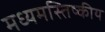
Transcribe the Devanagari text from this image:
मध्यमस्तिष्कीय